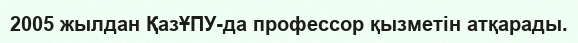
2005 жылдан ҚазҰПУ-да профессор қызметін атқарады.